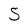
Character: S